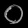
Digit: ၀